Vital statistics of India. Vol. VI, European troops 1870-79
Year: 1870
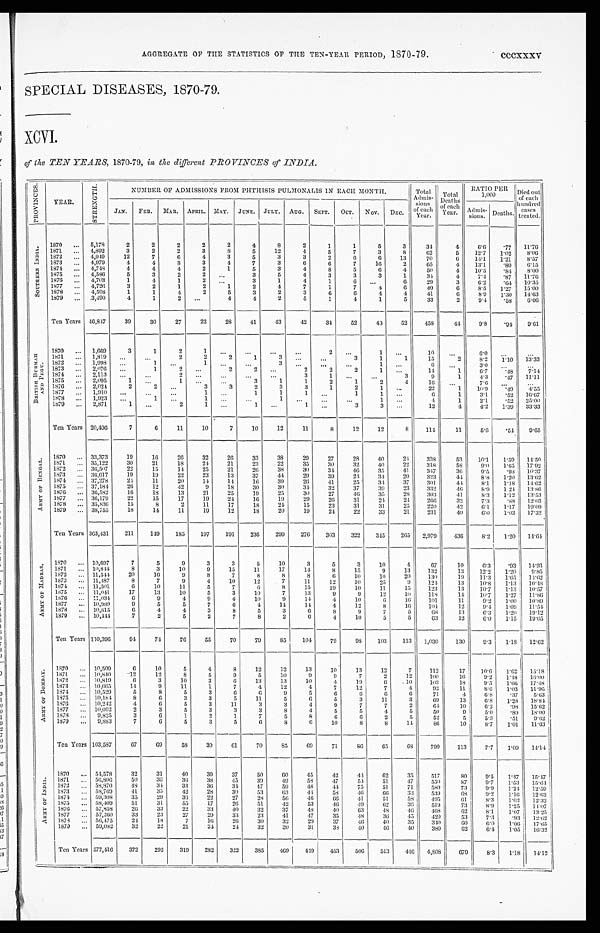
AGGREGATE OF THE STATISTICS OF THE TEN-YEAR PERIOD, 1870-79. cccxxxv
SPECIAL DISEASES, 1870-79.
XCVI.
of the TEN YEARS, 1870-79, in the different PROVINCES of INDIA.
P R O V I N C E S .
YEAR.
S T R E N G T H .
NUMBER OF ADMISSIONS FROM PHTHISIS PULMONALIS IN EACH MONTH.
Total
Admis- sions o f e a c h
Year.
Total
Deaths
of each
Year.
RATIO PER
1,000
Died out
of each
hundred
cases
treated.
J AN.
FEB. MAR. APRIL. MAY.
JUNE. JULY. AUG. SEPT. OCT. NOV.
DEC.
A d m i s -
sions. Deaths.
S O U T H E R N I N D I A .
1870 ... 5,178
2
2
2
2
2
4
8
2
1
1
5
3
34
4
6 . 6
. 7 7
11.76
1871 ... 4,892
3
2
2
3
8
5
12
4
5
7
3
8
62
5
12.7
1. 02 8.06
1872 ... 4,949
12
7
6
4
3
5
3
3
2
6
6
13
70
6
14. 1
1.21
8.57
1873 ... 4,979
4
4
3
3
4
7
3
6
6
7
16
2
65
4 13.1
. 8 0 6.15
1874 ... 4,748
4
4
4
2
1
5
3
4
8
5
6
4
50
4 10.5
. 84 8.00
1875
. . . 4,586
5
3
2
2
. . . 3
5
4
3
3
3
1
34
4
7.4
. 8 7 11.76
1876 ... 4,703
1
4
1
2
. . .
3
1
4
1
6
. . . 6
29
3
6.2
. 64 10.35
1877 ... 4,726
3
2
1
2
1
2
4
7
1
7
4
6
40
6
8.5
1. 27 15.00
1878 ... 4,598
1
1
4
2
5
3
2
3
6
6
4
4
41
6
8.9 1.30 14.63
1879 ... 3,490
4
1
2
... 4
4
2
5
1
4
1
5
33
2
9 . 4
. 58
6.06
Ten Years 46,847
39
30
27
22
28
41
43
42
34
52
48
52
458
44
9.8
. 94 9.61
B R I T I S H B U R M A H
A N D P E G U .
1870 ... 1,669
3
1
2
1 ...
...
...
...
2
. . .
1
. . .
10
...
6.0
. . . ...
1871 ... 1,819
. . .
. . .
2
2
2
1
3
. . .
. . .
3
1
1
15
2
8.2
1 . 1 0
13.33
1872 ... 1,998 . . .
1 ...
1
. . .
. . .
3
. . . ...
. . .
1
. . .
6 ...
3.0
... ...
1873 ... 2,076 ...
1
2
... 2
2
. . .
2
2
2
1
. . . 14
1
6.7
.48 7. 14
1874
. . . 2,113 ...
. . .
2
... . . .
. . .
...
3
1
. . .
. . .
3
9
1
4.3
. 47 11.11
1875 ... 2,095
1
. . .
1 ...
...
3
1
1
2
1
2
4
16
... 7.6
. . .
...
1876 ... 2,024
2
2
. . .
3
3
2
3
3
1
2
1
. . . 22
1
10.9
. 4 9
4. 55
1877 ... 1,910 ...
...
...
1
. . .
1
1
1
. . .
1
1
...
6
1
3.1
. 5 2 16.67
1878 ... 1,923 ...
1 ...
1
. . .
. . .
1
. . . ...
...
1
...
4
1
2.1
. 52 25.00
1879 ... 2,871
1
. . .
2
1 ...
1 ...
1
. . .
3
3
. . .
12
4
4.2 1.39 33.33
Ten Years 20,496
7
6
11
10
7
10
12
11
8
12
12
8
114
11
5.6
. 54 9.65
A R M Y O F B E N G A L .
1870 ... 33,373
19
16
26
32
26
33
38
29
27
28
40
24
338
53
10.1
1 . 5 9
14.50
1871 ... 35,122
30
21
18
24
21
23
22
35
30
32
40
22
318
589.0
1.65 17.92
1872
. . . 36,507
22
15
14
25
21
26
38
30
34
46
35
41
347
36
9.5
.98 10.37
1873
. . . 36,617
19
19
22
23
13
37
44
29
39
24
34
20
3 2 3
44
8 . 8
1 . 2 0
13.62
1874 ... 37,278
24
11
20
14
14
16
39
26
41
25 34
37
301
44
8.1
1. 18 14.62
1875 ... 37,184
26
12
42
9
18
30
30
34
32
37
39
23
332
46
8.9
1. 24 13.86
1876 ... 36,582
16
18
13
21
25
19
25
30
27
4 6
35
28
3 0 3
41
8 . 3 1 12 13.53
1877 ... 36,179
22
15
17
19
24
16
19
29
26
31
24
24
266
3 2 7 . 3 .88
12.03
1878 ... 35,836
15
8
2
11
17
18
24
15
23
31
31
25
220
42
6 . 1
1 . 1 7 19.09
1879 ... 38,755
18
14
11
19
12
18
20
19
24
22
33
21
231
40
6.0
1 . 0 3
1 7 . 3 2
Ten Years 363,431
211
149
185
197
191
236
299
276
303
322 345 265 2,979
436
8.2 1.20 14.64
A R M Y O F M A D R A S .
1870 ... 10,697
7
5
9
3
3
5
10
3
5
3
10
4
6 7
10
6.3
. 9 3 14.93
1871 ... 10,844
8
3
10
9
15
11
17
14
8
15
9
13
132
13
1 2 . 2
1 . 2 0
9.85
1872 ... 11,544
20
16
9
8
7
8
8
8
6
10
10
20
130
19
1 1 . 3
1 . 6 5 1 4 . 6 2
1873 ... 11,487
8
7
9
4
10
12
7
11
12
10
25
9
124
13
1 0 . 8
1 . 1 3 10.48
1874 ... 11,501
6
10
11
5
7
6
8
15
19
10
11
15
123
13 10.7 1.13 10.57
1875 ... 11,041
17
13
10
5
3
10
7
13
9
9
12
10
118
14 10.7 1.27 11.86
1876 ... 11,034
6
9
4
9
4
10
9
14
4
10
6
1 6
1 0 1 11
9 . 2
1 . 0 0 10.89
1877 ... 10,989
9
5
5
7
6
4
14
14
4
12
8
16 104
12
9.4 1.09 11.54
1878
. . . 10,815
6
4
4
3
8
5
3
6
8
9
7
5
68
13
6.3 1.20 19.12
1879 ... 10,444
7
2
5
2
7
8
2
6
4
10
5
5
63
12
6.0 1.15 19.05
Ten Years 110,396
94
74
76
55
70
79
85
104
79
98
103
113 1,030
130
9.3
1 . 1 8
12.62
A R M Y O F B O M B A Y .
1870 ... 10,509
6
10
5
4
8
12
12
13
10
13
12
7
112
17
10.6 1.62 15.18
1871
. . . 10.840
12
12
8
5
9
5
10
9
9
7
2
12
100
16
9.2
1 . 4 8 16.00
1872 ... 10,819
6
3
10
3
6
13
13
10
4
19
6
10
103
18
9.5 1.66 17.48
1873 ... 10,665
14
9
11
1
7
4
12
4
7
12
7
4
92
11
8 . 6
1 . 0 3
1 1 . 9 6
1874
. . . 10,529
5
8
5
3
6
6
9
5
6
6
6
6
71
4
6 . 8
. 3 7 5.63
1875
. . . 10,184
8
6
3
3
5
11
5
6
5
3
11
3
69
13
6.8
1 . 2 8
1 8 . 8 4
1876 ... 10,242
4
6
5
3
11
3
3
4
9
7
7
2
6 4
10
6.2
. 9 8 15.62
1877 ... 10,092
2
3
5
3
3
3
8
4
5
5
4
5
50
9
5.0
. 8 9 18.00
1878 ... 9,825
3
6
1
2
1
7
5
8
6
6
2
5
52
5
5.3
. 5 1 9.62
1879 ... 9,883
7
6
5
3
5
6
8
6
10
8
8
14
86
10
8.7 1.01 11.63
Ten Years 103,587
67
69
58
30
61
70
85
69
71
86
65
6 8 799
113
7.7 1.09 14.14
A R M Y O F I N D I A .
1870 ... 54,578
32
31
40
39
37
50
60
45
42
44 62
35
517
80
9 . 5
1 . 4 7
15.47
1871
. . . 56,806
50
36
36
3 845
39
49
58
47
54 51
47
550
87
9 . 7
1 . 5 3 15.64
1872 ... 58,870
48
34
33
36
34
47
59
48
44
75
51
71
580
73
9.9
1 . 2 4
1 2 . 5 9
1873 ... 58,769
41
35
42
28
30
53
63
44
58
46
66 33
539
6 8 9.2 1.16 12.62
1874 ... 59,308
35
29
36
22
27
28
56
4 6
66
41
51
58 495
61
8.3 1.03
12.32
1875 ... 58,409
51
31
55
17
26
51
42
53
46
49
62
36
519
73
8.9 1.25 14.07
1876
. . . 57,858
26
33
22
33
4 0
32
37
48
40
63
48
46
468
62
8.1
1 . 0 7 13.25
1877 ... 57,260
33
23
27
29
33
23
41
47
35
48
36
45
420
53
7 . 3
. 9 3
1 2 . 6 2
1878 ... 56,475
24
18
7
16
26
30
32
29
37
46
40
35
340
60
6.0 1.06
17.65
1879 ... 59,082
32
22
21
24
24
32
30
31
38
40
46
40
380
62
6.4 1.05 16.32
Ten Years 577,416
372
292
319
282
322
385
469 449
453
506 513
446 4,808
679
8.3 1.18 14.12